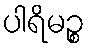
ပါရိမဉ္စ